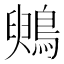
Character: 𪃪